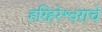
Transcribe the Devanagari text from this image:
हरिहरेश्वराचे